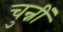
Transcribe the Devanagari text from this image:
चुन्नीं